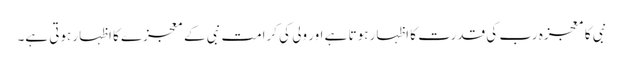
نبی کا معجزہ رب کی قدرت کا اظہار ہوتا ہے اور ولی کی کرامت نبی کے معجزے کا اظہار ہوتی ہے۔